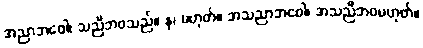
အညာဘဝေါ၊ သညီဘဝသည်။ န၊ မဟုတ်။ အသညာဘဝေါ၊ အသညီဘဝမဟုတ်။